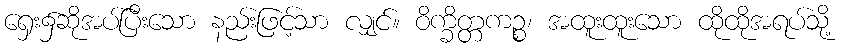
ရှေး၌ဆိုအပ်ပြီးသော နည်းဖြင့်သာ လျှင်။ ဝိက္ခိတ္တကဉ္စ၊ အထူးထူးသော ထိုထိုအရပ်သို့